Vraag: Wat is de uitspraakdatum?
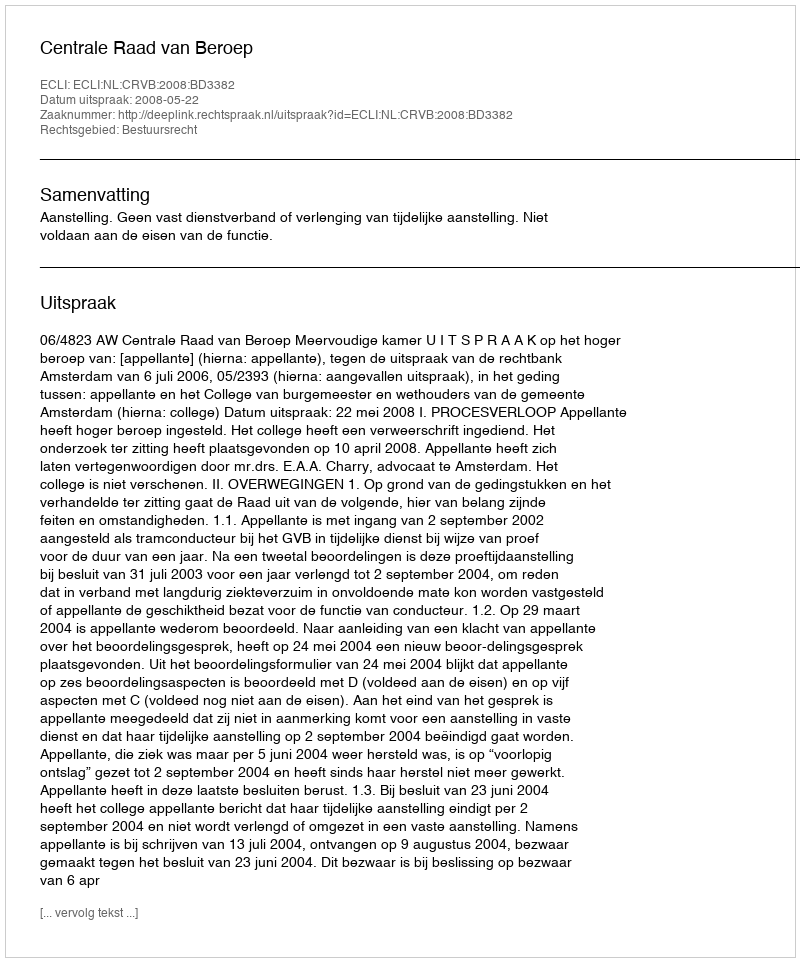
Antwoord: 2008-05-22